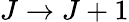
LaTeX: J\rightarrow J+1